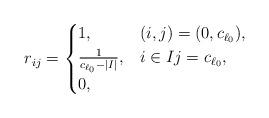
LaTeX: \begin{align*}r_{ij} = \begin{cases} 1, & (i,j) = (0,c_{\ell_0}), \\ \frac{1}{c_{\ell_0}-|I|}, & i \in I j = c_{\ell_0}, \\ 0, & \end{cases}\end{align*}